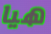
هيا